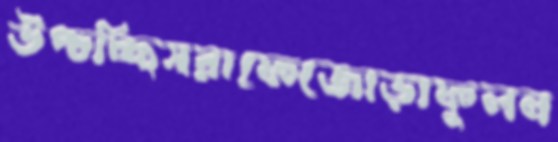
উপ্‌চচ্ছিসরাফেজোড়াফুলন